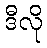
ဒီလို